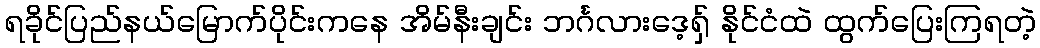
ရခိုင်ပြည်နယ်မြောက်ပိုင်းကနေ အိမ်နီးချင်း ဘင်္ဂလားဒေ့ရှ် နိုင်ငံထဲ ထွက်ပြေးကြရတဲ့